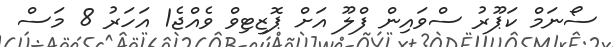
ސޯނަމް ކަޕޫރު ސްވައިން ފްލޫ އަށް ޕޮޒިޓިވް ވެއްޖެ1 އަހަރު 8 މަސް